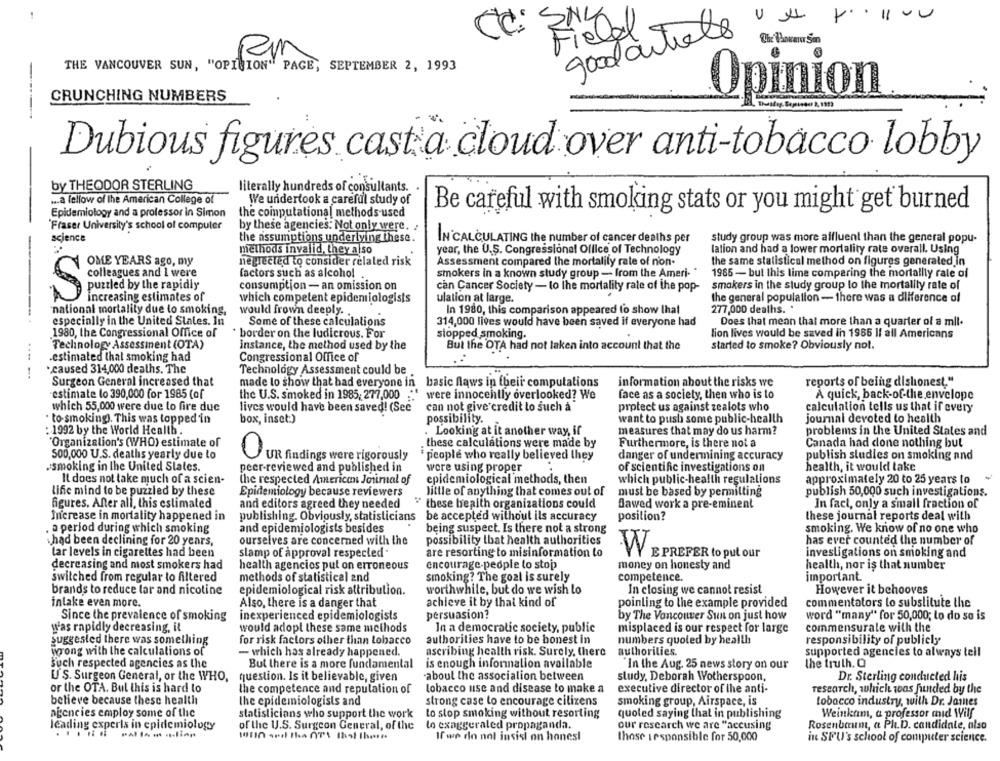
CC:
Fiatal
good article
Rm
THE VANCOUVER SUN, "OPINION" PAGE, SEPTEMBER 2, 1993
CRUNCHING NUMBERS
Opinion
-
Dubious figures cast a cloud over anti-tobacco lobby
by THEODOR STERLING
literally hundreds of consultants.
... a fellow of the American College of
We undertook a careful study of
Epidemiology and a professor in Simon
the computational methods used
Be careful with smoking stats or you might get burned
Fraser University's school of computer
by these agencies: Not only were. :
science
the assumptions underlying these.
IN CALCULATING the number of cancer deaths per
study group was more affluent than the general popu-
methods invalid, they also
year, the U.S. Congressional Office of Technology
lation and had a lower mortality rate overall. Using
-
OME YEARS ago, my
neglected to consider related risk
Assessment compared the mortality rate of non-
the same statistical method on figures generated in
factors such as alcohol
smokers in a known study group - from the Ameri-
1985 - bul this lime comparing the mortality rate of
puzzled by the rapidly
consumption - an omission on
can Cancer Society - to lhe mortality rate of the pop-
smokers in the study group lo the mortality rate of
consegues and I were
increasing estimates of
ulation at large.
the general population - there was a difference of
which competent epidemiologists
national mortality due lo smoking,
would frown deeply.
In 1980, this comparison appeared to show that
277,000 deaths. .
especially in the United States. In
Some of these calculations
314,000 lives would have been saved if everyone had
Does that mean thai more than a quarter of a mil.
1980, the Congressional Office of
* border on the ludicrous. For
slopped smoking.
lion lives would be saved in 1986 If all Americans
Technology Assessment (OTA)
instance, the method used by the
But the OTA had not taken into account that the
started to smoke? Obviously not.
-estimated thal smoking had
Congressional Office of
.caused 314,000 deaths. The
Technology Assessment could be
----.
Surgeon General increased that
made lo show that bad everyone in
basic flaws in theii computations
information about the risks we
reports of being dishonest."
estimate lo 390,000 for 1985 (of
the U.S. smoked in 1985, 277,000 ."" were innocently overlooked? We
face as a society, then who is to
A quick, back-of-the envelope
which 55,000 were due to fire due
lives would have been saved! (See
can not give credit to such à
protect us against zealots who
calculation tells us that if every
· to-smoking). This was topped in
box, inset:)
possibility.
want to push some public-health
journal devoted lo health
: 1992 by the World Health
Looking at it another way, if
measures that may do us harm?
problems in the United States and
"Organization's (WHO) estimate of
these calculations were made by
Furthermore, is there not a
Canada had done nothing but
500,000 U.S. deaths yearly due lo
people who really believed they
danger of undermining accuracy
publish studies on smoking and
OUR findings were rigorously
smoking in the United States.
peer-reviewed and published in
were using proper
of scientific investigations on
health, it would take
It does not take much of a scien-
the respected American Journal of
epidemiological methods, then
which public-health regulations
approximately 20 to 25 years to
lific mind to be puzzled by these
Epidemiology because reviewers
little of anything that comes out of
must be based by permitting
publish 50,000 such investigations.
figures. After all, this estimated
and editors agreed they needed
" these health organizations could
flawed work a pre-eminent
In fact, only a small fraction of
Increase in mortality happened in
publishing. Obviously, statisticians
be accepted without ils accuracy
position?
these journal reports deal with
a period during which smoking
and epidemiologists besides
being suspect. Is there not a strong
smoking. We know of no one who
ourselves are concerned with the
possibility lbat health authorities
has ever counted the number of
had been declining for 20 years,
tar levels in cigarettes had been
slamp of approval respected -
are resorting to misinformation to
W
E PREFER to put our
investigations on smoking and
decreasing and most smokers had
health agencies put on erroneous
encourage-people to stop
money on honesty and
health, nor is that number
switched from regular to filtered
methods of statistical and
smoking? The goal is surely
competence.
important
brands to reduce tar and nicotine
epidemiological risk attribution.
worthwhile, but do we wish lo
In closing we cannot resist
However it bchooves
inlake even more.
Also, there is a danger that
achieve it by thal kind of
pointing to the example provided
commentators lo substitute the
Since the prevalence of smoking
inexperienced epidemiologists
persuasion?
by The Vancouver Sun on just how
word "many" for 50,000; to do so is
was rapidly decreasing, it
would adopl these same methods
In a democratic society, public
misplaced is our respect for large
commensurale with the
for risk factors other than tobacco
authorities have to be honest in
numbers quoled by health
suggested there was something
responsibility of publicly
wrong with the calculations of
- which has already happened.
ascribing health risk. Surely, there
authorities.
supported agencies to always tell
such respected agencies as the
But there is a more fundamental
is enough information available
"In the Aug. 25 news story on our
the truth. O
US. Surgeon General, or the WHO,
question. Is it believable, given
about the association between
study, Deborah Wotherspoon,
Dr. Sterling conducted his
or the OTA. Bul this is hard to
the competence and reputation of
tobacco use and disease to make a
executive director of the anti-
research, which was funded by the
believe because these health
strong case to encourage citizens
the epidemiologists and
smoking group, Airspace, is
tobacco industry, with Dr. James
agencies employ some of the
statisticians who support the work
to stop smoking without resorting
quoted saying that in publishing
Weinkam, a professor mid Wilf
leading experts in epidemiology
of the U.S. Surgeon General, of the
to exaggerated propaganda.
our research we are "accusing
Rosenbaum, a Ph.D. candidate, also
.....
If we do nol insist on honest
those responsible for 50,000
in SPU's school of computer science.